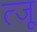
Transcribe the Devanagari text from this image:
त्जू